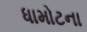
ધામોટના